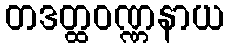
တဒတ္ထဝဏ္ဏနာယ